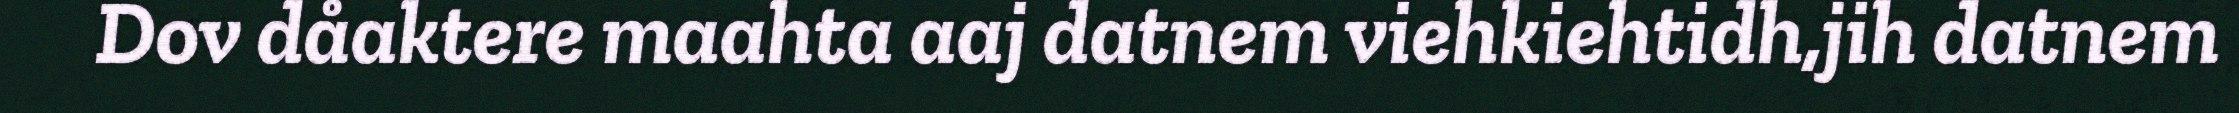
Dov dåaktere maahta aaj datnem viehkiehtidh,jih datnem